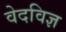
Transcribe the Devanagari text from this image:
वेदविज्ञ